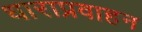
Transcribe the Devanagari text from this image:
धाराप्रवाहन